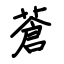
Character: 蒼